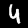
Digit: 4